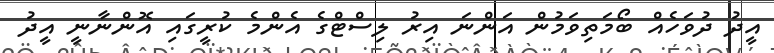
އީދު ދުވަހެއް ބޯމަތިވަމުން އަންނަ އިރު ލިސްޓްގެ އެންމެ ކުރީގައި އޮންނާނީ އީދު